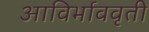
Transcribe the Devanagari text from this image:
आविर्भाववृती